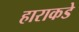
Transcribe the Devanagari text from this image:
हाराकडे